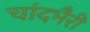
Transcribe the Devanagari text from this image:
चांदभैरी